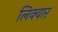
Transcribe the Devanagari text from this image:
लिक्वार